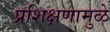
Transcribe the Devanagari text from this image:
प्रशिक्षणामुळे